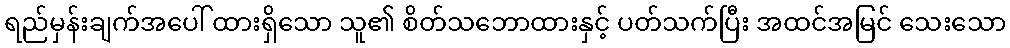
ရည်မှန်းချက်အပေါ် ထားရှိသော သူ၏ စိတ်သဘောထားနှင့် ပတ်သက်ပြီး အထင်အမြင် သေးသော